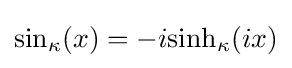
{\rm {sin}}_{\kappa }(x)=-i{\rm {sinh}}_{\kappa }(ix)